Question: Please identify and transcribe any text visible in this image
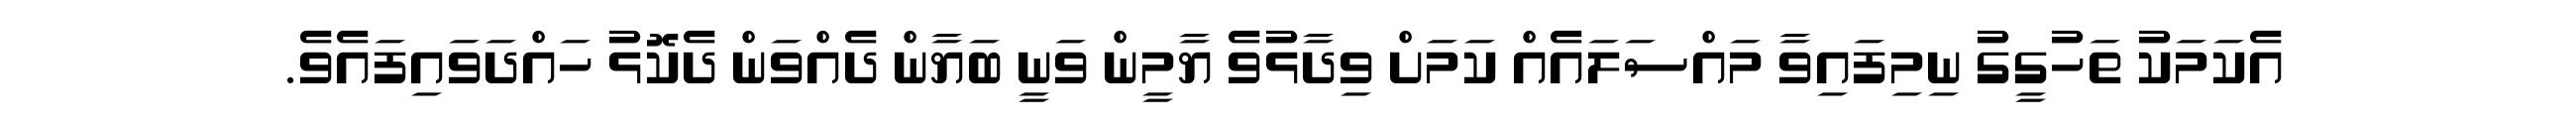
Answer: އެކަމަކު ތަހުގީގު ނިމިފައިވާ މައްސަލައެއް ކަމަށް ވިދާޅުވެ ޔާމީން ވަނީ ބަޔާން ދެއްވަން ދެކޮޅު ހައްދަވައިފައެވެ.